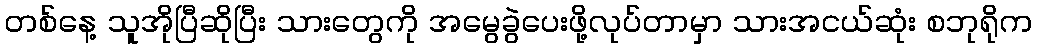
တစ်နေ့ သူအိုပြီဆိုပြီး သားတွေကို အမွေခွဲပေးဖို့လုပ်တာမှာ သားအငယ်ဆုံး စဘုရိုက